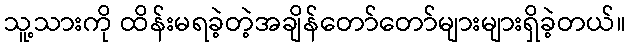
သူ့သားကို ထိန်းမရခဲ့တဲ့အချိန်တော်တော်များများရှိခဲ့တယ်။